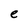
Character: e